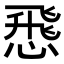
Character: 𢝵